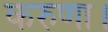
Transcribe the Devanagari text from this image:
करुणा।